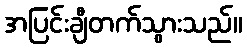
အပြင်းချီတက်သွားသည်။